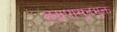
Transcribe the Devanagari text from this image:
ह्यापासूनमुक्त